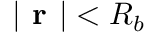
| \textbf { r } | < R _ { b }